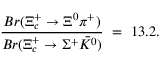
\frac { B r ( \Xi _ { c } ^ { + } \rightarrow \Xi ^ { 0 } \pi ^ { + } ) } { B r ( \Xi _ { c } ^ { + } \rightarrow \Sigma ^ { + } \bar { K ^ { 0 } } ) } ~ = ~ 1 3 . 2 .